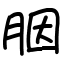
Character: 胭